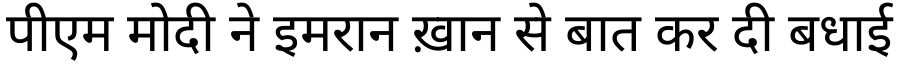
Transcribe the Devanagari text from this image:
पीएम मोदी ने इमरान ख़ान से बात कर दी बधाई